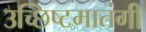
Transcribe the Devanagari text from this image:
उच्छिष्टमातंगी